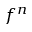
f ^ { n }